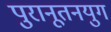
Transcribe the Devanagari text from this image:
पुरानूतनयुग